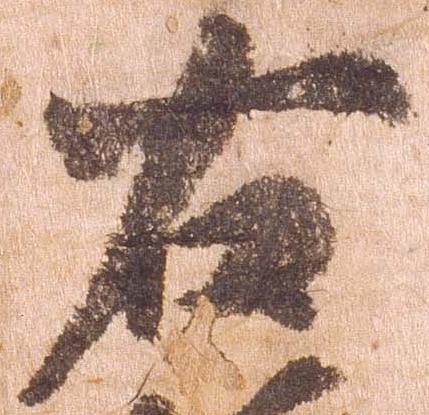
右